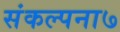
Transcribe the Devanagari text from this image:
संकल्पना७